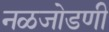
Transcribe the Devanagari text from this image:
नळजोडणी